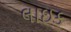
લાઇક